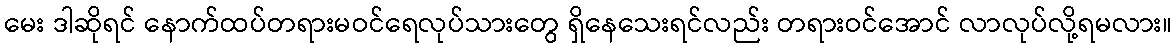
မေး ဒါဆိုရင် နောက်ထပ်တရားမဝင်ရေလုပ်သားတွေ ရှိနေသေးရင်လည်း တရားဝင်အောင် လာလုပ်လို့ရမလား။